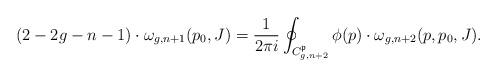
LaTeX: \begin{align*} (2-2g-n-1)\cdot\omega_{g,n+1}(p_0,J)=\frac{1}{2\pi i}\oint_{C^{\mathfrak{p}}_{g,n+2}}\phi(p)\cdot\omega_{g,n+2}(p,p_0,J). \end{align*}